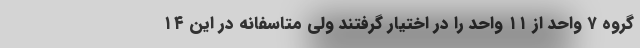
گروه ۷ واحد از ۱۱ واحد را در اختیار گرفتند ولی متاسفانه در این ۱۴